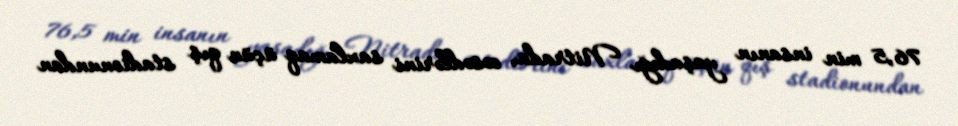
76,5 min insanın yaşadığı Nitrada, cəsədlərini saxlamaq üçün qış stadionundan